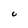
Character: C